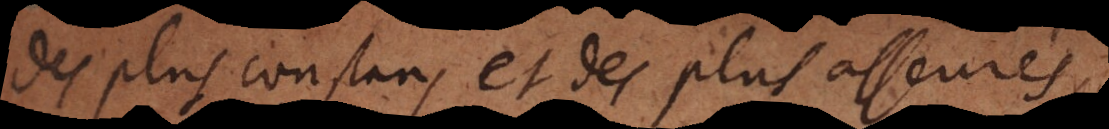
des plus constans et des plus asseurés,